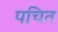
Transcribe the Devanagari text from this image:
पचित